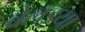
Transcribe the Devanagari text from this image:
बेलइया